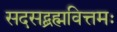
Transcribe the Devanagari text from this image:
सदसद्ब्रह्मवित्तमः